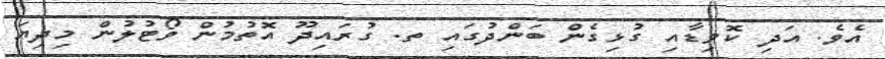
އެވެ. އަދި ކޮވިޑާއި ގުޅިގެން ބަންދުގައި ތ. ގުރައިދޫ އޮތުމުން ވޯޓުލުން މިދިޔަ